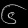
Digit: ၆